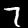
Digit: 7